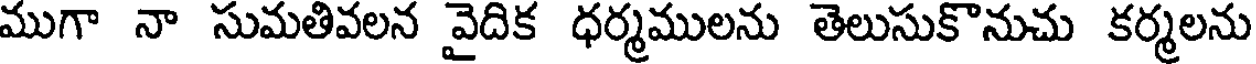
ముగా నా సుమతివలన వైదిక ధర్మములను తెలుసుకొనుచు కర్మలను